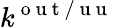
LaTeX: k^{\mathrm{~o~u~t~/~u~u~}}